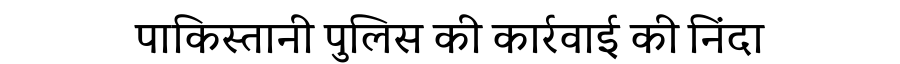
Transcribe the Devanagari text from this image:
पाकिस्तानी पुलिस की कार्रवाई की निंदा